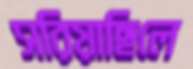
সরিয়াছিলে